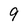
Character: 9